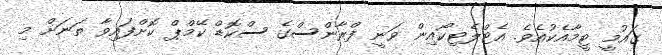
ގައުމީ ޓީމާއެކުއެވެ. އެޓްލެޓިކޯއިން ވަނީ ފްރާންސްގެ ސްކޮޑް ކޭމްޕް ކޮށްފައިވާ ތަނަށް މި